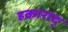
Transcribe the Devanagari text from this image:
हकाराद्